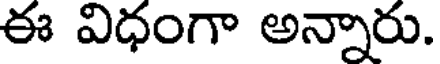
ఈ విధంగా అన్నారు.